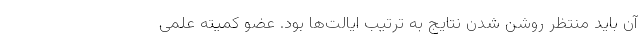
آن باید منتظر روشن شدن نتایج به ترتیب ایالت‌ها بود. عضو کمیته علمی